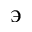
\backepsilon